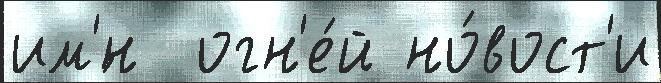
им'́н  огн'е́й но́вост'и